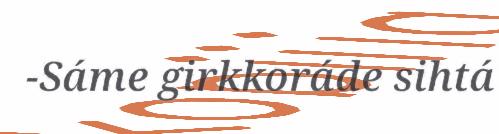
-Sáme girkkoráde sihtá